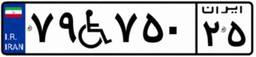
۷۹W۷۵۰۲۵